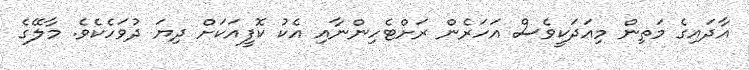
އާދައިގެ މަތިން މިއަދަކީވެސް އަހަރެން ރަށްޓެހިންނާއި އެކު ކޮފީއަކަށް ދިޔަ ދުވަހެކެވެ. މާލޭގެ